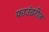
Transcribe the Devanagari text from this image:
फाउंडरीज